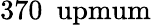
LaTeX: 370~\mathrm{\ upmum}